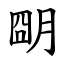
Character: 朙